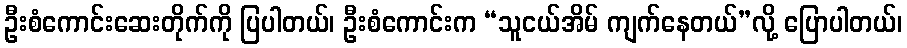
ဦးစံကောင်းဆေးတိုက်ကို ပြပါတယ်၊ ဦးစံကောင်းက “သူငယ်အိမ် ကျက်နေတယ်”လို့ ပြောပါတယ်၊